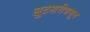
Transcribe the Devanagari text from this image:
लूटमारीपासून